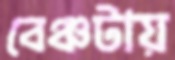
বেঞ্চটায়